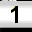
Digit: 1